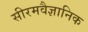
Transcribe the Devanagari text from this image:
सीरमवैज्ञानिक